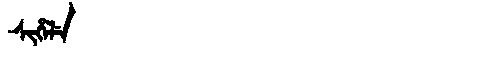
Manchu: ᠰᡳᡥᡝᠯᡝ
Romanization: SIHELE